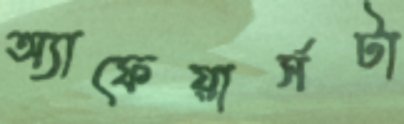
অ্যাফেয়ার্সটা